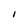
Character: I